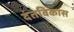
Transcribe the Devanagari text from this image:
दंतविकास